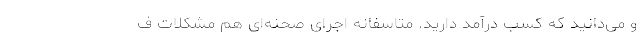
و می‌دانید که کسب درآمد دارید. متاسفانه اجرای صحنه‌ای هم مشکلات ف